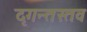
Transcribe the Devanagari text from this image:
दृगन्तस्तव